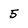
Character: 5